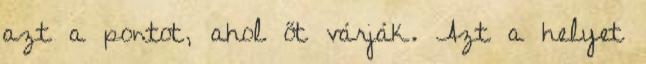
azt a pontot, ahol őt várják. Azt a helyet